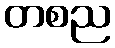
တစည